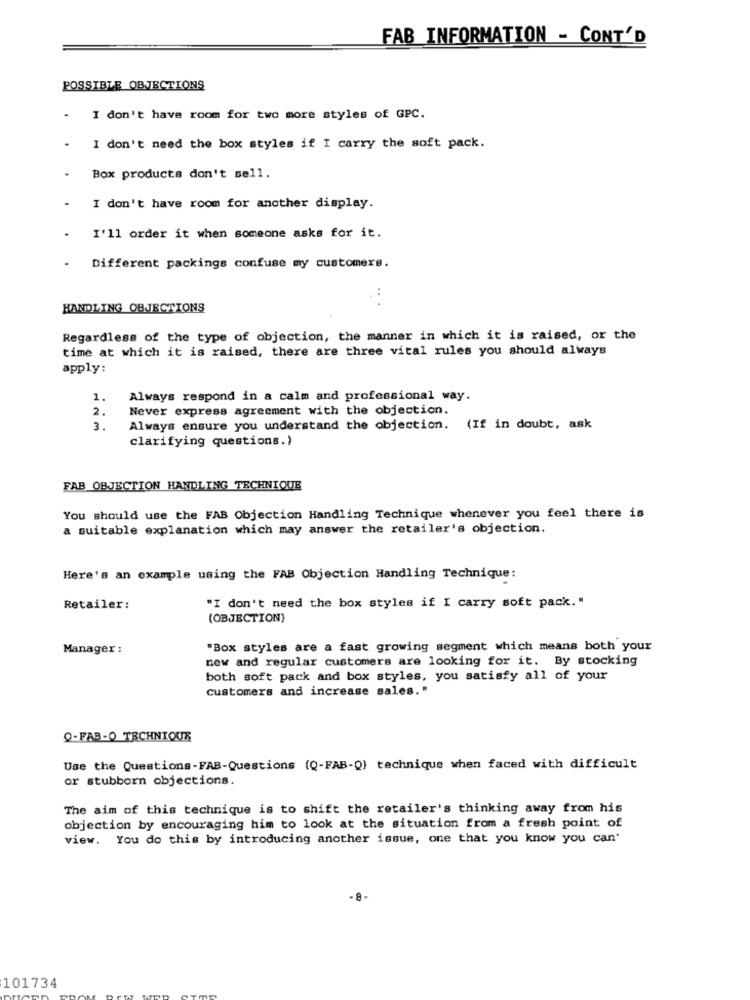
FAB INFORMATION - CONT'D
POSSIBLE OBJECTIONS
.
I don't have room for two more styles of GPC.
I don't need the box styles if I carry the soft pack.
Box products don't sell.
I don't have room for another display.
I'll order it when someone asks for it.
Different packings confuse my customers.
HANDLING OBJECTIONS
Regardless of the type of objection, the manner in which it is raised, or the
time at which it is raised, there are three vital rules you should always
apply:
1.
Always respond in a calm and professional way.
2.
Never express agreement with the objection.
3.
Always ensure you understand the objection. (If in doubt, ask
clarifying questions.)
FAB OBJECTION HANDLING TECHNIQUE
You should use the FAB Objection Handling Technique whenever you feel there is
a suitable explanation which may answer the retailer's objection.
Here's an example using the FAB Objection Handling Technique:
Retailer:
"I don't need the box styles if I carry soft pack."
(OBJECTION)
Manager :
"Box styles are a fast growing segment which means both your
new and regular customers are looking for it. By stocking
both soft pack and box styles, you satisfy all of your
customers and increase sales."
Q-FAB-O TECHNIQUE
Use the Questions-FAB-Questions (Q-FAB-Q) technique when faced with difficult
or stubborn objections.
The aim of this technique is to shift the retailer's thinking away from his
objection by encouraging him to look at the situation from a fresh point of
view. You do this by introducing another issue, one that you know you can'
101734